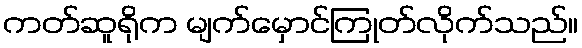
ကတ်ဆူရိုက မျက်မှောင်ကြုတ်လိုက်သည်။